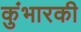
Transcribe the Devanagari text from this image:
कुंभारकी